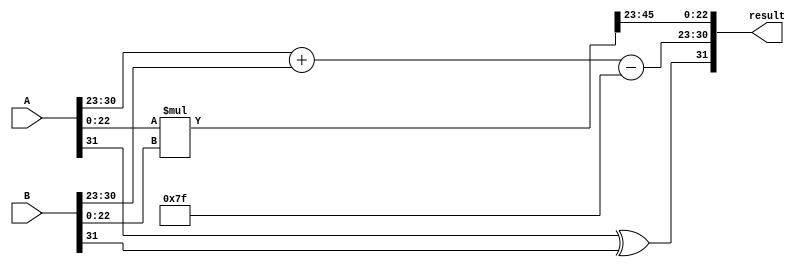
module radix4_fp_multiplier (
    input  wire [31:0] A, // First floating-point input
    input  wire [31:0] B, // Second floating-point input
    output reg  [31:0] result // Result of the multiplication
);

    // IEEE 754 components
    wire sign_a, sign_b;
    wire [7:0] exp_a, exp_b;
    wire [22:0] frac_a, frac_b;

    // Extract sign, exponent, and fraction
    assign sign_a = A[31];
    assign exp_a = A[30:23];
    assign frac_a = {1'b1, A[22:0]}; // Implicit leading 1 for normalized numbers

    assign sign_b = B[31];
    assign exp_b = B[30:23];
    assign frac_b = {1'b1, B[22:0]}; // Implicit leading 1 for normalized numbers

    // Intermediate variables
    wire [47:0] product; // Intermediate product of mantissas
    wire [7:0] exp_result; // Result exponent
    wire sign_result; // Result sign

    // Sign calculation
    assign sign_result = sign_a ^ sign_b;

    // Exponent calculation
    assign exp_result = exp_a + exp_b - 8'd127; // Adjust for bias

    // Mantissa multiplication using Radix-4 Booth encoding
    // This is a simplified version; actual implementation would require Booth encoding logic
    assign product = frac_a * frac_b; // Replace with Radix-4 multiplication logic

    // Normalize the product
    reg [22:0] normalized_frac;
    reg [7:0] adjusted_exp;

    always @(*) begin
        if (product[47]) begin
            normalized_frac = product[46:24]; // Normalized case
            adjusted_exp = exp_result + 1;
        end else begin
            normalized_frac = product[45:23]; // Shift right
            adjusted_exp = exp_result;
        end
    end

    // Pack the result
    always @(*) begin
        result = {sign_result, adjusted_exp, normalized_frac};
    end

endmodule